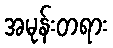
အမုန်းတရား